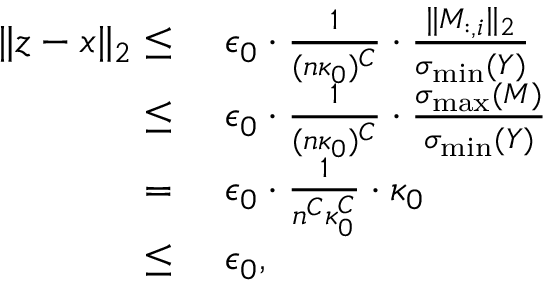
\begin{array} { r l } { \| z - x \| _ { 2 } \leq } & { ~ \epsilon _ { 0 } \cdot \frac { 1 } { ( n \kappa _ { 0 } ) ^ { C } } \cdot \frac { \| M _ { : , i } \| _ { 2 } } { \sigma _ { \operatorname* { m i n } } ( Y ) } } \\ { \leq } & { ~ \epsilon _ { 0 } \cdot \frac { 1 } { ( n \kappa _ { 0 } ) ^ { C } } \cdot \frac { \sigma _ { \operatorname* { m a x } } ( M ) } { \sigma _ { \operatorname* { m i n } } ( Y ) } } \\ { = } & { ~ \epsilon _ { 0 } \cdot \frac { 1 } { n ^ { C } \kappa _ { 0 } ^ { C } } \cdot \kappa _ { 0 } } \\ { \leq } & { ~ \epsilon _ { 0 } , } \end{array}